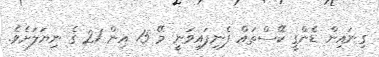
ގިނައިން ޑެންގީ ކޭސްތައް ފެނިފައިވަނީ މޭ 15 އިން 21 ގެ ނިޔަލަށެވެ.